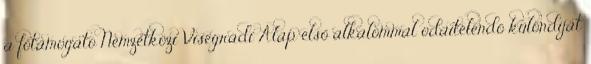
a főtámogató Nemzetközi Visegrádi Alap első alkalommal odaítélendő különdíját